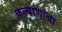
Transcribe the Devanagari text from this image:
कल्याणांचा